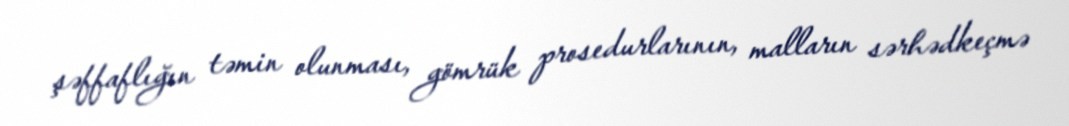
şəffaflığın təmin olunması, gömrük prosedurlarının, malların sərhədkeçmə